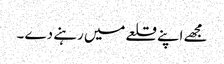
مجھے اپنے قلعے میں رہنے دے ۔